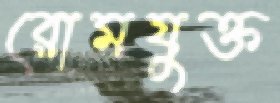
রোমযুক্ত